Vital statistics of India. Vol. IV, Annual returns from 1871 to 1876. British Army of India, Native Army and jails of Bengal
Year: 1871
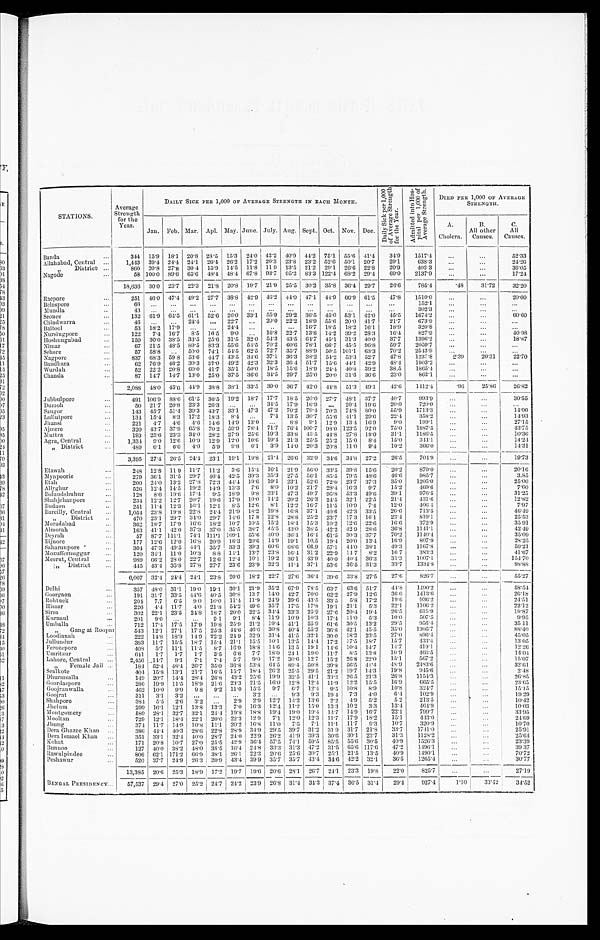
STATIONS.
Average Strength
for the
Year.
DAILY SICK PER 1,000 OF AVERAGE STRENGTH IN EACH MONTH.
Daily S i c k p e r 1 , 0 0 0 o f A v e r a g e S t r e n g t h f o r t h e Y e a r .
A d m i t t e d i n t o H o s p i t a l p e r 1 , 0 0 0 o f A v e r a g e S t r e n g t h .
DIED PER 1,000 OF AVERAGE
STREN
GTH.
Jan. Feb. Mar. Apl. May. June. July. Aug. Sept. Oct. Nov. Dec.
A.
Cholera.
B.
other
Causes.
C.
All
Causes.
Banda
...
344 15.9 18.1 20.8 28.5 15.3 24.0 42.2 40.9
44.2 75.1 55.6 41.4
34.9
1517.4
. . . ...
52.33
Allahabad, Central
...
1,443 39.4 24.4 24.1 26.4 26.2 17.2 20.3 23.8 23.2 52.6 50.1 20.7
29.1
638.3
...
...
24.26
, , D i s t r i c t ...
860 20.8 27.8 30.4 15.9 14.5 11.8 11.9 13.5 21.2 29.1 26.6 22.8
20.9
402.3
...
...
36.05
Nagode
...
58 100.0 89.6 65.6 48.4 48.4 67.8 93.7 95.2 83.3
1 2 2 . 4 68.2 29.4
69.0
2137.9
. . .
. . .
17.2 4
18,636 30.0 23.7 22.3 21.8 20.8
19.7 21.9
2 5 . 5
30.2 35.8 36.4 29.7
26.6
785.1
.48
31.72
32.20
Raepore
...
251 46.0 47.4 49.2 27.7 38.8 42.9 46.2 44.0 47.1 44.9 66.9 61.5
4 7 . 8
1510.0
...
...
20.00
Belaspore
...
6 6
. . .
. . .
. . .
. . .
. . . ...
. . . ...
. . .
. . .
. . .
. . .
. . .
152.1
. . .
...
. . .
Mundla
..
4 3
. . .
. . .
. . .
. . .
. . . ...
. . . ...
. . .
. . .
. . .
. . .
...
302.3
. . .
...
...
Seonee
...
132 61.9 64.5 61.1 52.6 26.0 33.1 55.9 29.2 36.5 45.0 53.1 42.0
4 5 . 5
1674.2
...
...
60.60
Chindwarra
...
46 ...
...
24.4
...
22.7 ... 20.0 22.2 18.9 55.6 20.0 41.7
21.7
673.9
...
...
Baitool
...
53 18.2 17.9 ...
...
24.4
...
. . .
...
16.7 18.5 18.2 16.1
18.9
320.8
...
...
...
Nursingpore
...
122
7.4 16.7
8.5 16.5 9.0 ...
16.8 22.7 13.8 14.2 39.2 28.3
16.4
827.9
...
...
40.98
Hoshungabad
...
159 30.0 38.5 33.5 25.6 31.5 32.0 54.3 43.5 64.7 45.1 31.3 40.0
37.7
1396.2
...
...
18.87
Nimar
...
67 21.5 48.5 89.5 83.3 55.6 54.5 70.2 60.6 78.1 66.7 45.5 96.8
59.7
2059.7
...
...
...
Sehore
...
57 58.8
. . .
50.0 74.1 54.5 62.5 72.7 35.7 88.9 50.5 101.1 63.3
70.2
2543.9
. . .
. . .
. . .
Nagpore
...
837 68.3 59.8 53.6 44.7 43.5 34.6 37.1 36.3 38.2 54.2 53.3 52.7
47.8
1237.8
2.39
20.31 22.70
Bandhara
...
62 76.9 46.2 30.3 37.0 49.2 42.3 32.3 36.4 51.7 15.6 44.1 42.9
48.4
1903.2
...
...
...
Wurdah
...
52 22.2 20.8 60.0 41.7 35.1 50.0 18.5
15.6 18.9 24.4 40.8 39.2
38.5
1865.4
. . .
...
...
Chanda
...
87 14.7 14.7 13.0 25.0 37.5 36.6 34.5 29.7 25.0 20.0 31.6 36.6
23.0
862.1
. . .
...
...
2 , 0 8 8
48.0
4 5 . 6 44.9 38.8 38.1 33.5 39.0 36.7 42.0 44.8 51.3 49.1
4 2 . 6
1412.4
.96
25.86
26.82
Jubbulpore
...
491 106.9 88.6 61.5 36.5 19.2
18.7
17.7 18.5 20.0 27.7 48.1 37.7
40.7
993.9
...
...
30.55
Dumoh
...
50 21.7 20.8 23.3 26.3 ...
...
34.5 17.9 16.9
. . . 20.4 19.6
2 0 . 0
720.0
...
...
. . .
Saugor
...
143 45.7 51.4 39.3 43.7 33.1 47.3 47.2 70.2 79.4
7 0 . 3
7 4 . 8 80.0
55.9
1713.3
. . .
...
14.00
Lullutpore
...
134 15.4 8.3 17.2 18.3
8.4 ...
7.4 13.5 30.7 55.6
4 1 . 1 29.6
22.4
358.2
...
...
14.93
Jhansi
...
221
4.7
4 . 6 4.6 14.6 14.9 13.0 ...
8.8 9.1 12.9 13.4 16.9
9.0
199.1
...
...
27.15
Ajmere
...
320 43.7 37.9 65.8 70.2 59.9 78.4 71.7 76.4 100.7 98.0 123.5 92.0
75.0
1887.5
...
...
43.75
M uttra
...
193 25.6 23.3 34.0 28.2 27.9 25.6 19.3 33.8
4 3 . 5 44.8
2 7 . 8 19.0
31.1
1186.5
. . .
. . .
10.36
Agra, Central
...
1,334 9.0 12.6 10.9 12.9 12.0 10.6 19.4 21.3 25.5 25.2 13.0 8.4
15.0
344.1
. . .
...
14.21
„ District
...
489 6.1
6 . 0
4 . 0
5.9
9.8 6.1
3.9 14.0 20.3 20.8 11.0 9.4
10.2
366.0
. . .
...
14.31
3,395 27.4 26.5 24.1 23.1 19.1 19.8 21.4 26.6 32.9 34.6 34.8 27.2
26.5
704.9
. . . ...
19.73
Etawah
...
248 12.8 1 1.9 11.7 11.2 3.6 15.4 16.1 21.9 56.0
33.5 39.8 15.6
20.2
879.0
. . .
...
20.16
Mynpoorie
...
279 36.1 31.5 29.7 46.4 42.5 39.3 35.3 27.5 56.1 85.5 79.5 48.6
46.6
985.7
...
...
3.85
Etah
...
200 24.0 13.2 27.8 72.3 44.4 19.6 19.1 23.1 52.6 72.0 23.7 37.3
35.0
1205.0
...
...
25.00
Allyghur
...
526 12.4 14.5 19.2 14.9 13.3
7.6 8.0 10.2 21.7 28.4
1 6 . 3 9.7
15.2
469.6
...
...
7.60
Bolundshuhur
...
128
8.6 19.6 17.4
9 . 5 18.9
9.8 33.1 47.3 49.7 95.8 53.3 49.6
39.1
976.5
. . .
...
31.25
Shahjehanpore
...
234 12.2 12.7 20.7 19.6 17.9 10.0 14.2 20.2 26.3 24.5 32.1 22.5
21.4
431.6
. . .
...
12.82
Budaon
...
251 11.4 12.3 16.1 12.1 8.5 12.6 8.1 12.2 16.7 11.5 10.9
7 . 4
12.0
406. 4
...
...
7.97
Bareilly, Central
...
1,054 23.8 19.8 22.8 24.4 21.9 18.2 19.8 16.8 37.1 40.6 42.3 33.5
26.6
713.5
...
...
46.49
,, District
. . .
470 23.1 29.7 34.0 29.7 14.6 17.8 22.8 28.8 25.2 23.7 17.3 16.1
23.4
819.1
...
...
25.33
Moradabad
...
362 18.7 17.9 16.6 18.2 10.7 10.5 15.2 18.4 15.3 10.2 12.6 22.6
16.6
372.9
...
...
35.91
Almorah
...
163
4 1 . 1 42.0 37.3 37.0 35.5 38.7 45.5 43.0 38.5 42.2 42.9 28.6
36.8
1141.1
...
...
42.40
Deyrah
...
57 87.7 111.1 74.1 111.1 109.1 55.6 40.0 36.4 16.4 61.5 30.3 37.7
70.2
1140.4
. . .
...
35.09
Bijnore
...
177 12.6 12.0 16.8 20.9 16.3 20.6 14.9 19.1 10.5 19.4 20.0 13.4
16.9
807.9
. . .
...
28.25
S a h a r u n p o r e
...
304 47.3 49.5 44.1 35.7 33.3 39.3 60.6
68.6 66.9 57.1
4 4 . 0 38.1
49.3
1167.8
...
...
5 9 . 2 1
Mozuffernuggur
...
120 34.1 11.0 10.3
8.8 14.1 13.7 23.8 16.4 31.2 22.9 14.7 8.2
16.7
383.3
. . .
...
41.67
Meerut, Central
...
989
6 6 . 2 28.0 22.7 12.6 12.4 10.1 19.2 36.1 43.9 40.0 40.4 36.3
31.3
1007.1
. . .
...
154.70
,, District ...
445 43.4
3 5 . 8 27.8 27.7 23.6 23.9 32.3
41.4 37.1 53.6 36.5 31.3
3 3 . 7
1334.8
. . .
...
98.88
6,007 32.4 24.4 24.1 23.8 20.0 18.2 22.7 27.6 36.4 39.6
33.8 27.5
27.6
826.7
. . .
...
5 5 . 2 7
Delhi
. . .
357
4 8 . 0 31.1 19.0 19.1 30.1 21.9 35.2 67.9 78.5 63.7 63.6 51.7
44.8
1490.2
...
...
58.54
Goorgaon
. . .
191 31.7 33.5 44.6 40.5 30.8 13.7 14.0
42.7 70.0 62.2 27.9 12.6
36.6
1413.6
...
...
26.18
Rohtuck
. . .
204 7.7
6 . 5 9.0 10.0 11.4 11.9 24.9 39.6 43.5 33.5
5.8 17.2
19.6
936.2
...
...
24.51
Hissar
. . .
226
4 . 4 11.7
4.0 21.8
5 4 . 2 49.6 35.7 17.5 17.8 19.1 21.1 5.3
22.1
1106.2
. . .
...
22.12
Sirsa
. . .
302 22.1 23.5 24.8
1 8 . 7 20.0 32.5 34.4 33.3 25.9 27.6 20.4 19.4
26.5
615.9
...
...
19.87
Kurnaul
...
201
9.0
. . . ...
9.1
9.1 8.4 11.9 10.9 10.3 17.4 11.0 5.3
10.0
507.5
...
...
9.95
Umballa
...
712 17.4
1 7 . 5
17.9 19.8 25.9 21.2 19.4 41.1 55.9 61.6 30.5 13.2
29.5
956.4
...
...
35.11
, ,
G a n g a t R o o p a r
543 12.1 27.1 17.5 25.3 44.6 46.6 30.8 40.4 55.2 36.8 42.1 455
35.0
1305.7
...
...
88.40
Loodianah
. . .
222 14.8 18.9 14.9 22.2 24.9 32.9 31.4 41.5 32.1 30.0 18.2 23.5
27.0
896.4
...
...
45.05
Jullundur
. . .
383 11.7 15.5 18.7 15.4 21.1 15.5 10.1 13.5 14.4 17.2 17.5
1 8 . 7
15.7
433.4
...
...
13.05
Ferozepore
. . .
4 0 8 5.7 11.1 11.5 8.7 16.9 18.8 14.6 13.5 19.1 14.6 10.4 14.7
14.7
419.1
...
...
12.26
Umritsur
...
6 4 1
1.7
1.7 1.7
3.5
6 . 6 7.7 18.0 24.1 19.0 11.7 8.5 13.8
10.9
466.3
...
...
14.04
Lahore, Central
. . .
2,456 14.7 9.1
7.1
7.4 5.7 9.0 17.2 30.6 12.7 15.2 26.8 22.0
15.1
567.2
. ..
...
15.07
, ,
F e m a l e J a i l ...
184 52.4 48.4 20.7 35.0 36.8 53.8 64.5 89.4 50.8 39.8 56.5 41.4
48.9
2483.6
. . .
...
32.61
Sealkote
. . .
404 15.8 13.1 21.7 16.5 15.7 18.4 26.2 25.5 29.5 21.2 19.7 14.3
19.8
945.6
...
...
2.48
Dhurmsalla
. . .
149 20.7 14.4 28.4 26.8 43.2 25.6 19.9 32.5 41.1 33.3 26.5 21.3
26.8
1154.3
. . .
...
26.85
Goordaspore
. . .
296 19.9 11.5 18.9 21.6 23.3 21.5 16.0 12.8 12.4 11.9 12.2 15.5
16.9
665.5
. . .
. . .
23.65
Goojran walla
. . .
462 10.0 9.9
9.8 9.2 11.0 15.5 9.7 6.7 12.4 9.5 10.8 8.9
10.8
324.7
...
...
15.15
Goojrat
. . .
311
3.1
3.2
. . .
. . . ...
3.2 ...
9.3
9.3 19.4 7.3 4.0
6.4
102.9
. . .
...
19.29
Shahpore
. . .
384 5.5
2.6
3 . 2
...
2.9 2.9 12.7 14.2 13.6 2.2 4.9 5.2
5.2
213.5
...
...
10.42
Jhelum
...
299 16.1 12.1 13.8
1 3 . 3
7.0 16.3 12.4 11.2 15.0 13.3 10.2 3.3
13.4
464.9
. . .
. . .
10.03
Montgomery
. . .
589 28.1 32.7 32.1 24.4 19.8 18.8 19'4 19.0 19.4 14.7 14.9 10.7
22.1
799.7
. . .
. . .
33.95
Mooltan
. . .
729 12.1 18.4 22.1 20.0 22.3 12.9
7.1 12.0 12.3 11.7 17.9 18.2
15.1
413.0
...
. . . 2 4 . 6 9
Jhung
. . .
3 7 4 11.7 14.9 10.8 11.1 20.2 16.8 11.0
7.5 7.1 11.7 11.7
9.3
10.7
320.9
...
. . .
10.70
Dera Ghazee Khan
. . .
3 8 6
4 4 . 4 40.3 28.6 22.8 28.9 34.9 29.5 39.7 31.2 31.9 31.7 21.8
33.7
1741.0
...
...
25.91
Dera Ismael Khan
. . .
351 331 32.4 40.0 28.7 24.0 22.9 26.2 41.9 39.3 30.6 30.1 23.7
31.3
1128.2
...
...
25.64
Kohat
. . .
171 20.8 10.7 27.0 25.5 42.9
36.4 57.5 74.1 59.5
8 5 . 5 55.6 30.5
40.9
1526.3
. . .
...
23.39
Bunnoo. 7
. . .
127 40.0 38.2 48.0 38.5 16.4 24.8 33.3 31.3 47.2 31.5 65.6 117.6
47.2
1 4 9 6 . 1
. . .
...
39.37
Rawulpindee
...
806 62.1 171.2 66.9 38.1 26.1 22.3 20.6 25.6 30.7 25.1 21.5 13.5
40.9
1490.1
...
...
70.72
Peshawur
. . .
520 37.7 24.9 26.3 30.9
43. 4 39.9 35.7 35.7 43.4 34.6 42.2 32.1
36.5
1265.4
. . .
. . .
30.77
13,385 20.6
2 5 . 3 18.9 17.2 19.7 19.6
20.6 28.1 26.7 24.1 23.3 19.8
22.0
825.7
...
27.19
BENGAL PRESIDENCY...
57,537 29.4 27.0 25.2 24.7
2 4 . 2 23.9 26.8 31.4 34.3 37.4
3 6 . 5 31.4
29.4
927.4
1.10
33.42
34.52